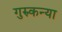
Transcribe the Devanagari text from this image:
गुरुकन्या